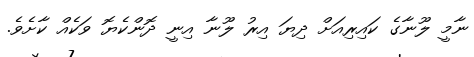
ނާމީ ލޫނާގެ ކައިރިއަށް ދިޔަ އިރު ލޫނާ އިނީ ދޮންކެޔޮ ވަކެއް ކާށެވެ.